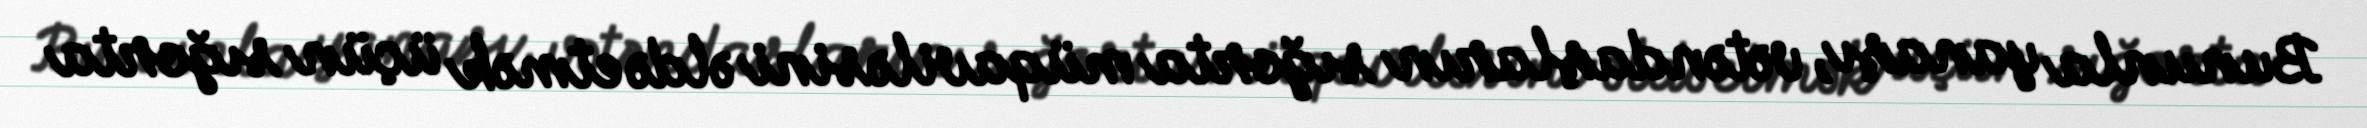
Bununla yanaşı, vətəndaşların sığorta müqaviləsini əldə etmək üçün sığorta